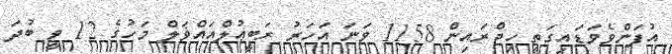
އުފަންވެވަޑައިގަތީ ހިޖްރައިން 1158 ވަނަ އަހަރު ރަބީޢުލްއައްޥަލް މަހުގެ 12 ވީ ބުދަ